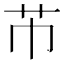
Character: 芇